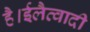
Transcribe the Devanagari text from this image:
है।ईलैत्वादी